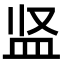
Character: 𪾋